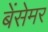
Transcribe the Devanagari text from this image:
बेंसेमर